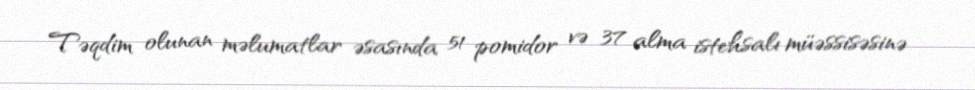
Təqdim olunan məlumatlar əsasında 51 pomidor və 37 alma istehsalı müəssisəsinə